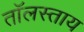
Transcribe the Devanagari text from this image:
तॉलस्ताय